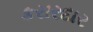
કરારદાર